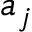
a _ { j }